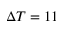
\Delta T = 1 1